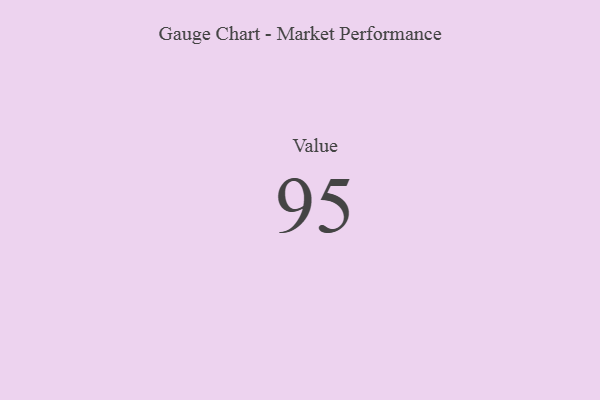
{"axis": {"x": "Metric", "y": "Value"}, "legend": [""], "data": [{"x": "Value", "y": 95, "type": ""}]}